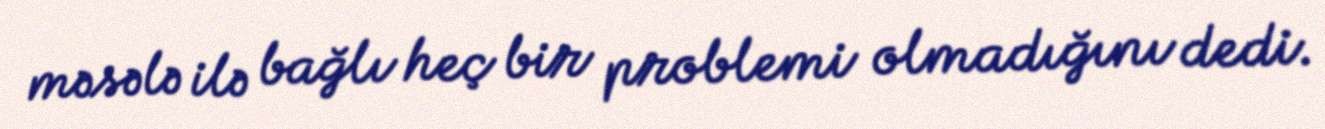
məsələ ilə bağlı heç bir problemi olmadığını dedi.